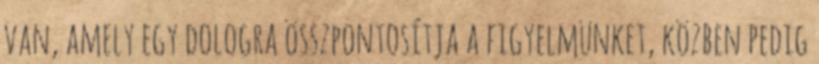
van, amely egy dologra összpontosítja a figyelmünket, közben pedig